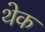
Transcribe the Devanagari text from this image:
थेक